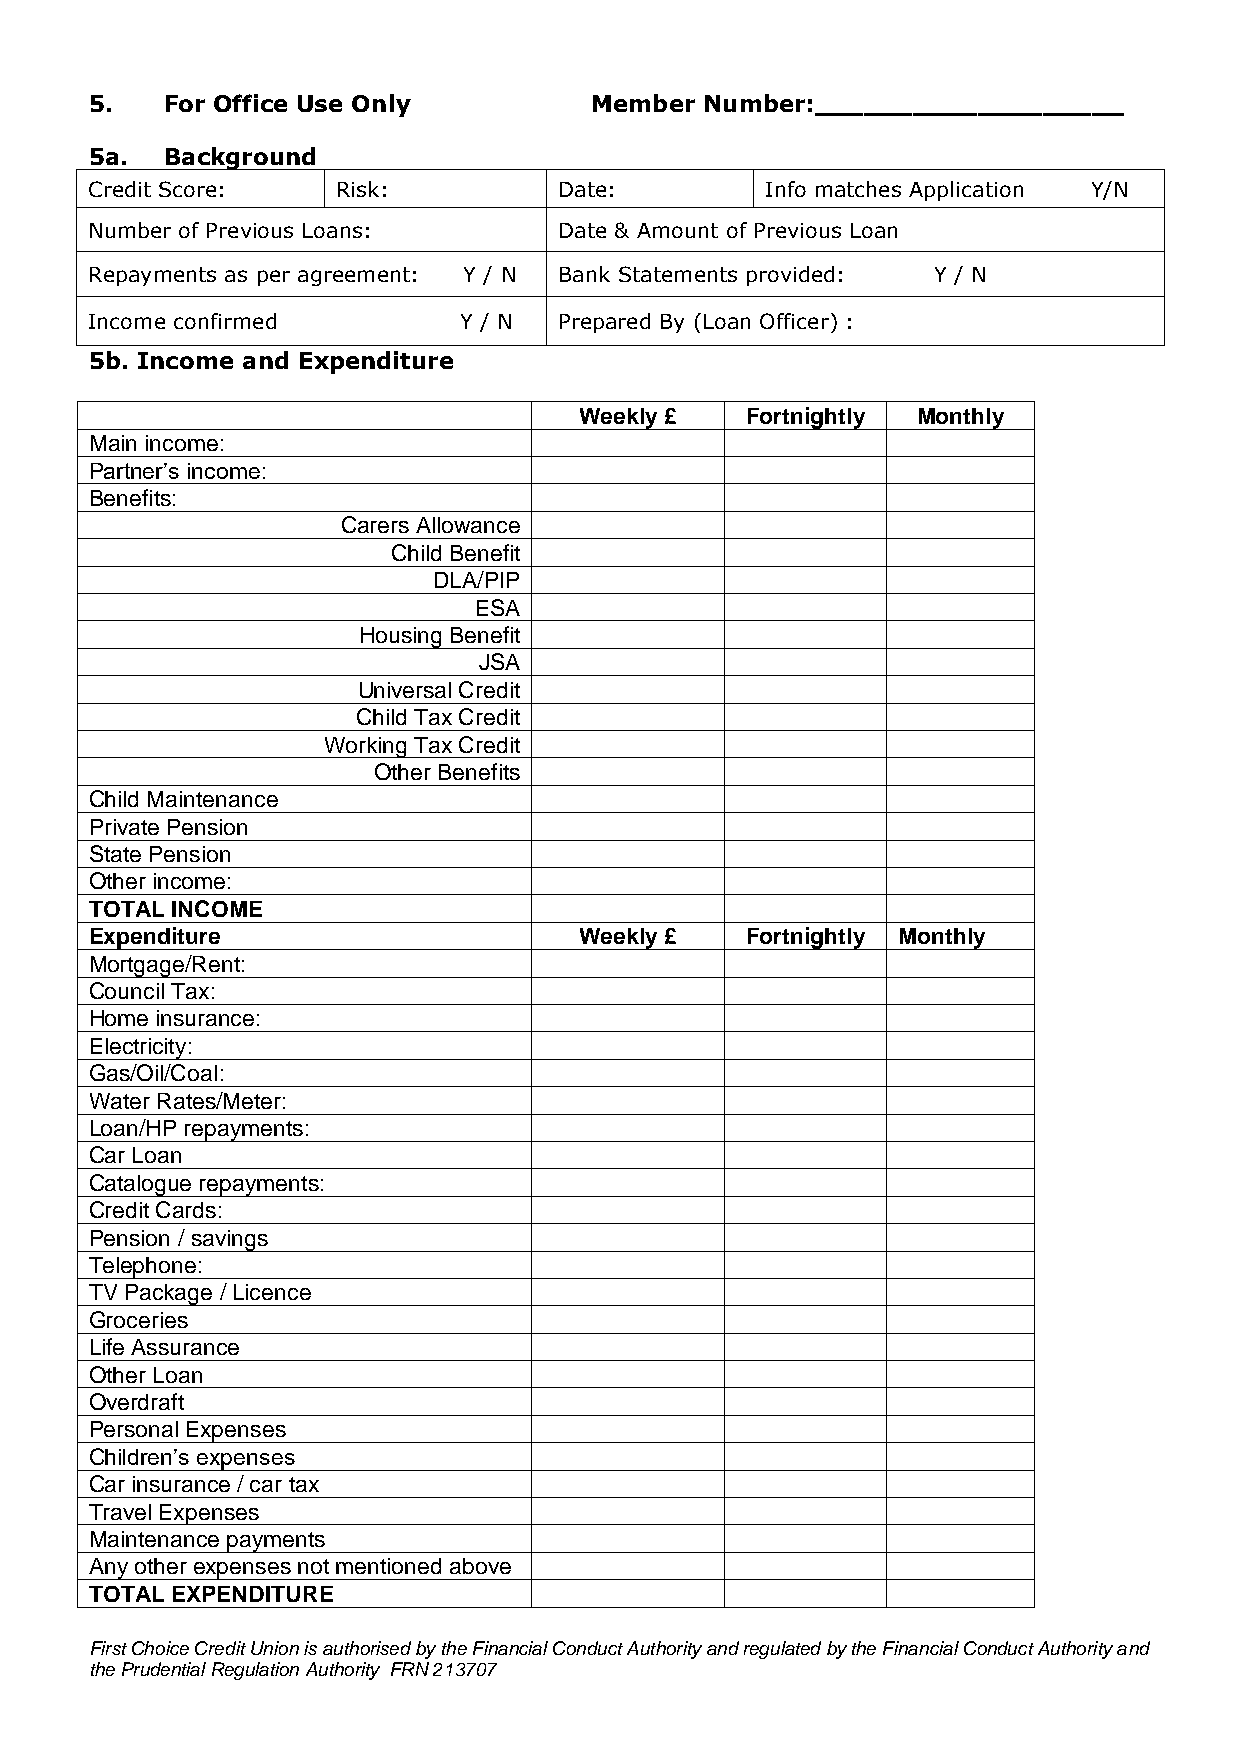
5.   For Office Use Only         Member  Number:___________________
 5a.  Background
 Credit Score:   Risk:          Date:         Info matches Application Y/N
 Number of Previous Loans:      Date & Amount of Previous Loan
 Repayments as per agreement: Y / N Bank Statements provided: Y / N
 Income confirmed        Y / N  Prepared By (Loan Officer) :
 5b. Income and Expenditure
 Weekly £   Fortnightly Monthly
 Main income:
 Partner’s income:
 Benefits:
 Carers Allowance
 Child Benefit
 DLA/PIP
 ESA
 Housing Benefit
 JSA
 Universal Credit
 Child Tax Credit
 Working Tax Credit
 Other Benefits
 Child Maintenance
 Private Pension
 State Pension
 Other income:
 TOTAL INCOME
 E xpenditure                    Weekly £   Fortnightly M onthly
 Mortgage/Rent:
 Council Tax:
 Home insurance:
 Electricity:
 Gas/Oil/Coal:
 Water Rates/Meter:
 Loan/HP repayments:
 Car Loan
 Catalogue repayments:
 Credit Cards:
 Pension / savings
 Telephone:
 TV Package / Licence
 Groceries
 Life Assurance
 Other Loan
 Overdraft
 P ersonal Expenses
 Children’s expenses
 Car insurance / car tax
 Travel Expenses
 Maintenance payments
 Any other expenses not mentioned above
 TOTAL EXPENDITURE
 First Choice Credit Union is authorised by the Financial Conduct Authority and regulated by the Financial Conduct Authority and
 the Prudential Regulation Authority FRN 213707